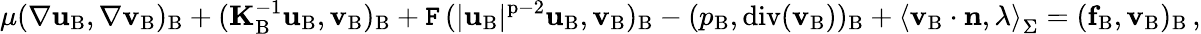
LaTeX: \mu(\nabla\mathbf{u}_{\mathrm{B}},\nabla{\mathbf{v}}_{\mathrm{B}})_{\mathrm{B}}+(\mathbf{K}_{\mathrm{B}}^{-1}\mathbf{u}_{\mathrm{B}},{\mathbf{v}}_{\mathrm{B}})_{\mathrm{B}}+\mathtt{F}\, (|\mathbf{u}_{\mathrm{B}}|^{\mathrm{p}-2}\mathbf{u}_{\mathrm{B}},{\mathbf{v}}_{\mathrm{B}})_{\mathrm{B}}-(p_{\mathrm{B}},\mathrm{div}({\mathbf{v}}_{\mathrm{B}}))_{\mathrm{B}}+\left<{\mathbf{v}}_{\mathrm{B}}\cdot{\mathbf{n}},\lambda\right>_{\Sigma}=(\mathbf{f}_{\mathrm{B}},{\mathbf{v}}_{\mathrm{B}})_{\mathrm{B}}\, ,